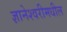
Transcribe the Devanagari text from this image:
ज्ञानेश्वरीमधील